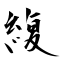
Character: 緮